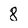
Character: 8